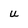
Character: u